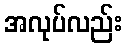
အလုပ်လည်း